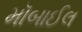
મૉબાઈલ